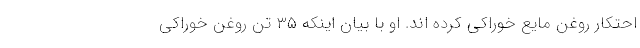
احتکار روغن مایع خوراکی کرده اند. او با بیان اینکه ۳۵ تن روغن خوراکی